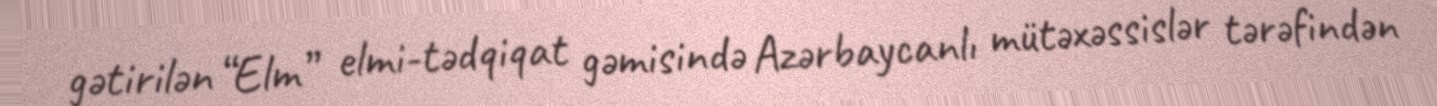
gətirilən “Elm” elmi-tədqiqat gəmisində Azərbaycanlı mütəxəssislər tərəfindən